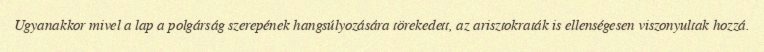
Ugyanakkor mivel a lap a polgárság szerepének hangsúlyozására törekedett, az arisztokraták is ellenségesen viszonyultak hozzá.